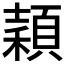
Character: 𥢙